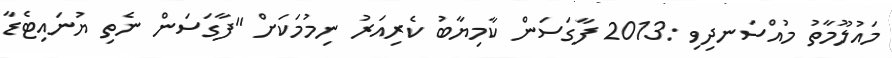
މައުލޫމާތު މުއްސަނދިވި :2013 ފާގަސަން ކާމިޔާބު ކެރިއަރު ނިމުމަކަށް "ފާގަސަން ނެތި ޔުނައިޓެޑާ